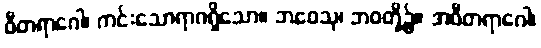
ဝီတရာဂေါ၊ ကင်းသောရာဂရှိသော။ ဘဝေသု၊ ဘဝတို့၌။ အဝီတရာဂေါ၊